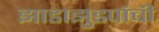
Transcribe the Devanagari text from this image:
झाडाझुडपांची